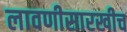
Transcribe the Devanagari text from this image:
लावणीसारखीच